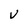
Character: v